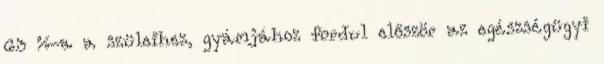
63 %-a a szüleihez, gyámjához fordul először az egészségügyi